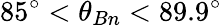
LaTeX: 85^{\circ}<\theta_{Bn}<89.9^{\circ}